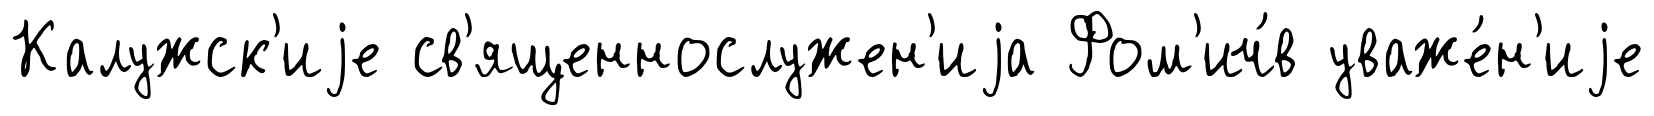
Калужск'иjе св'ященнослужен'иjа Фом'ич́в уваже́н'иjе